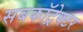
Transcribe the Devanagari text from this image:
सबकॉट्रेक्टर